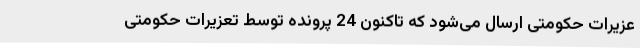
عزیرات حکومتی ارسال می‌شود که تاکنون 24 پرونده توسط تعزیرات حکومتی